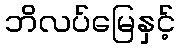
ဘိလပ်မြေနှင့်